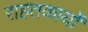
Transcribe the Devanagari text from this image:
राहतकार्यों